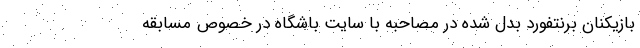
بازیکنان برنتفورد بدل شده در مصاحبه با سایت باشگاه در خصوص مسابقه